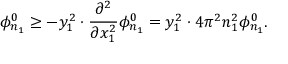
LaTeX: { \bf \Delta } \phi _ { n _ { 1 } } ^ { 0 } \geq - y _ { 1 } ^ { 2 } \cdot \frac { \partial ^ { 2 } } { \partial x _ { 1 } ^ { 2 } } \phi _ { n _ { 1 } } ^ { 0 } = y _ { 1 } ^ { 2 } \cdot 4 \pi ^ { 2 } n _ { 1 } ^ { 2 } \phi _ { n _ { 1 } } ^ { 0 } .